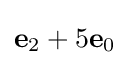
\mathbf {e} _{2}+5\mathbf {e} _{0}